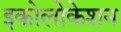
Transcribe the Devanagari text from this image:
इकोलोकेशन